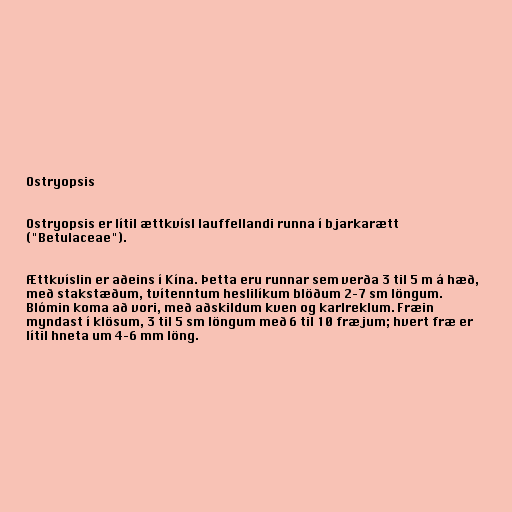
Ostryopsis

Ostryopsis er lítil ættkvísl lauffellandi runna í bjarkarætt
("Betulaceae").

Ættkvíslin er aðeins í Kína. Þetta eru runnar sem verða 3 til 5 m á hæð,
með stakstæðum, tvítenntum heslilíkum blöðum 2–7 sm löngum.
Blómin koma að vori, með aðskildum kven og karlreklum. Fræin
myndast í klösum, 3 til 5 sm löngum með 6 til 10 fræjum; hvert fræ er
lítil hneta um 4–6 mm löng.